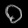
Digit: ၀